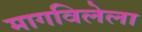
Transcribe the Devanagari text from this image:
मागविलेला